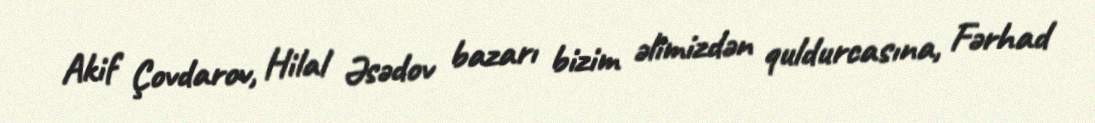
Akif Çovdarov, Hilal Əsədov bazarı bizim əlimizdən quldurcasına, Fərhad